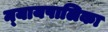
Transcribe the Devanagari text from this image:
न्‍यायपालिका